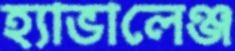
হ্যাভালেঞ্জ